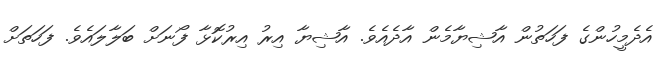
އެދެމީހުންގެ ފަހަތުން އާޝިޔާމެން އާދެއެވެ. އާޝިޔާ އިރު އިރުކޮޅާ ފޯނަށް ބަލާލައެވެ. ފަހަތަށް